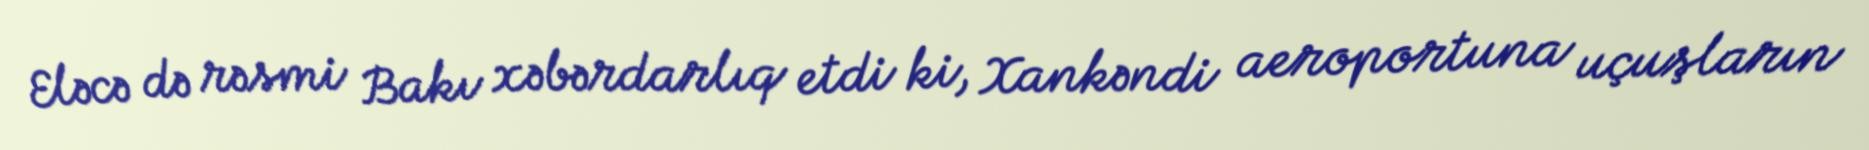
Eləcə də rəsmi Bakı xəbərdarlıq etdi ki, Xankəndi aeroportuna uçuşların